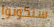
ستكونوا